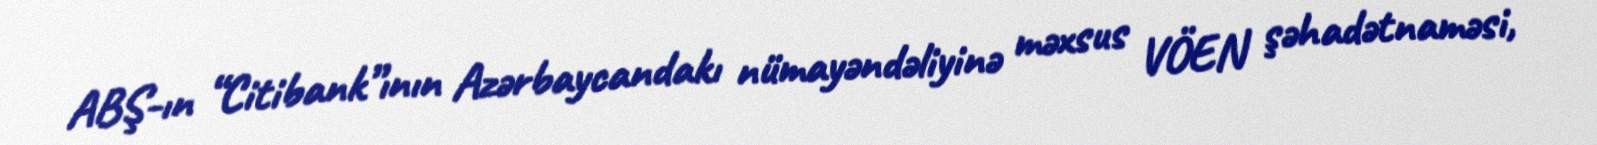
ABŞ-ın “Citibank”ının Azərbaycandakı nümayəndəliyinə məxsus VÖEN şəhadətnaməsi,